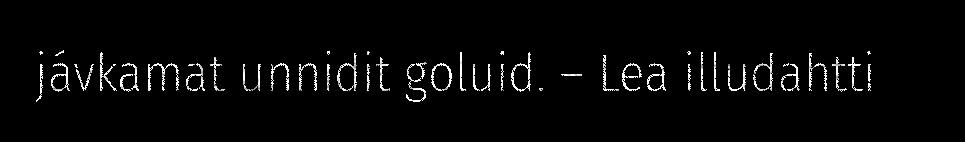
jávkamat unnidit goluid. – Lea illudahtti